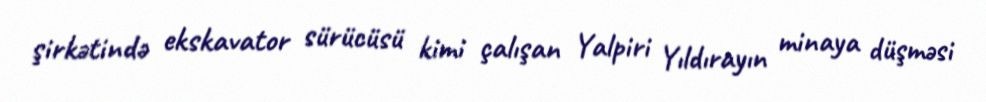
şirkətində ekskavator sürücüsü kimi çalışan Yalpiri Yıldırayın minaya düşməsi